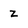
Character: z